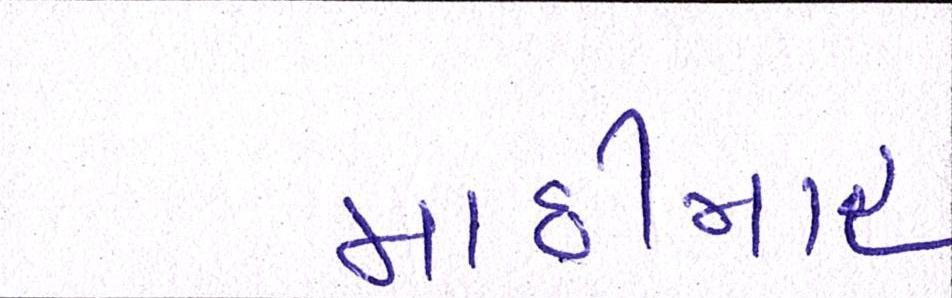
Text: માછીમાર